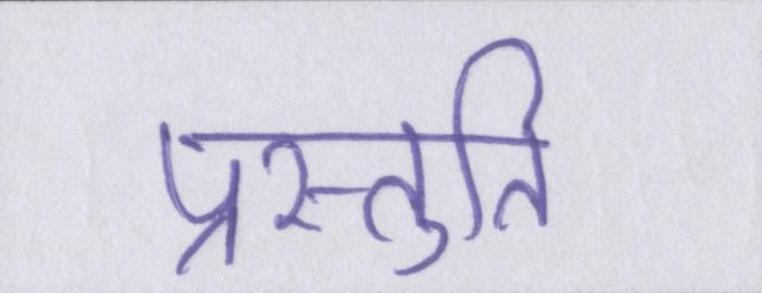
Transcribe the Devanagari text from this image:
प्रस्तुति